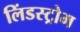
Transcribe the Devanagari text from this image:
लिंडस्ट्रोम